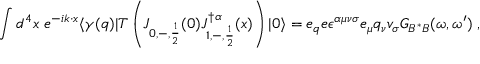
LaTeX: \int d ^ { 4 } x \; e ^ { - i k \cdot x } \langle \gamma ( q ) | T \left( J _ { 0 , - , \frac { 1 } { 2 } } ( 0 ) J _ { 1 , - , \frac { 1 } { 2 } } ^ { \dagger \alpha } ( x ) \right) | 0 \rangle = e _ { q } e \epsilon ^ { \alpha \mu \nu \sigma } e _ { \mu } q _ { \nu } v _ { \sigma } G _ { B ^ { * } B } ( \omega , \omega ^ { \prime } ) \; ,